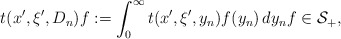
\begin{align*} t(x',\xi',D_n)f:=\int_0^\infty{t}(x',\xi',y_n)f(y_n)\,dy_nf\in\mathcal{S}_+,\end{align*}